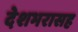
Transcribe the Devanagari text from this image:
देशभरासह